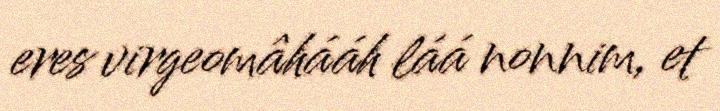
eres virgeomâhááh láá nonnim, et